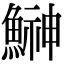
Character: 鰰